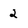
Character: 2